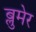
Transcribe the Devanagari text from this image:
ब्लुमेर